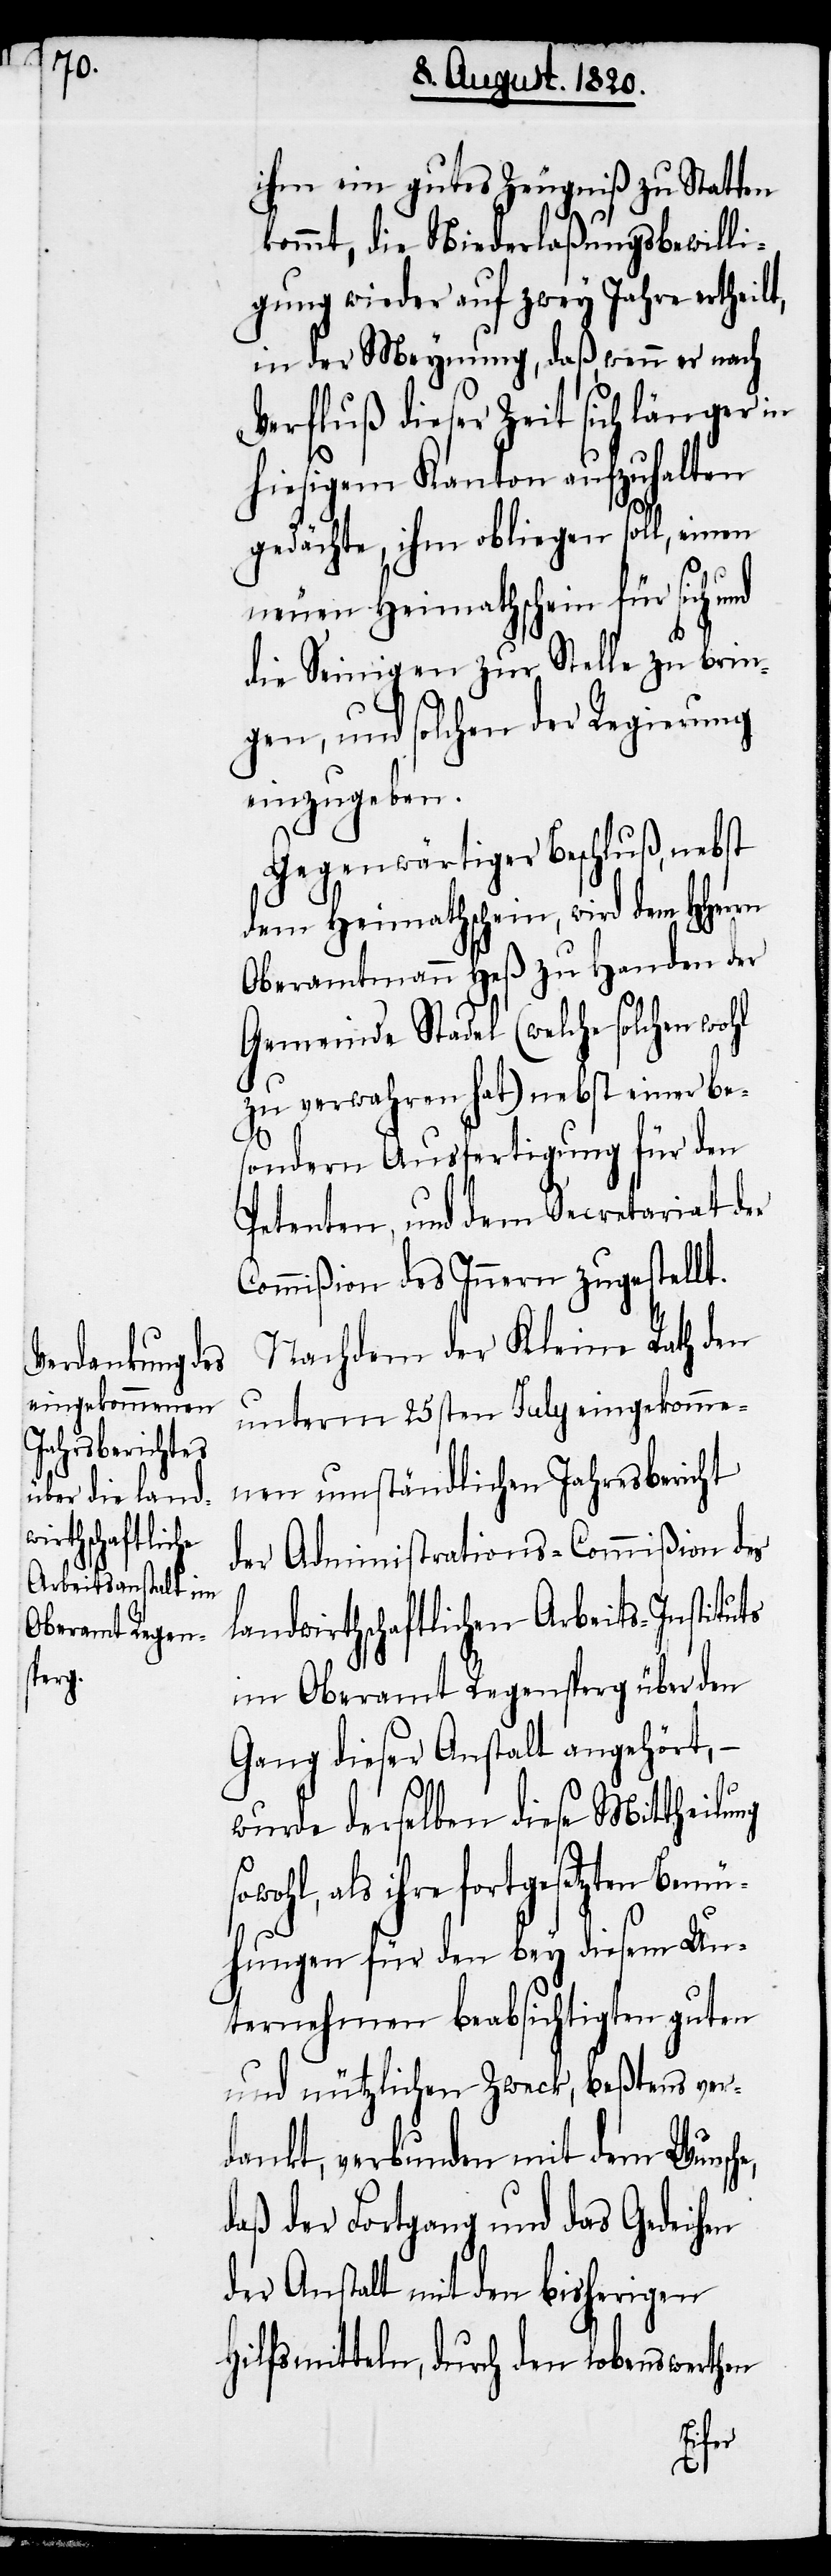
ihm ein gutes Zeugniß zu statten
kommt, die Niederlaßungsbewilli¬
gung wieder auf zwey Jahre ertheilt,
in der Meynung, daß, wenn er nach
erfluss dieser Zeit sich länger in
hiesigem Kanton aufzuhalten
gedächte, ihm obliegen soll, einen
e,
neuen Heimathschein für sich und
die Seinigen zur Stelle zu brin¬
gen, und solchen der Regierung
einzugeben.
Gegenwärtiger Beschluß, nebst
dem Heimathschein, wird dem HHerrn
Oberamtmann Heß zu Handen der
Gemeinde Stadel (welche solchen wohl
zu verwahren hat) nebst einer be¬
sondern Ausfertigung für den
Petenten, und dem Secretariat der
Commißion des Innern zugestellt.
Nachdem der Kleine Rath den
unterm 25sten July eingekomme¬
nen umständlichen Jahresbericht
der Administrations-Commißion des
landwirthschaftlichen Arbeits-Instituts
im Oberamt Regensperg über den
Gang dieser Anstalt angehört, –
wurde derselben diese Mittheilung
als ihre fortgesetzten Bemü¬
hungen für den bey diesem Un¬
ternehmen beabsichtigten guten
und nützlichen Zweck, beßtens ver¬
dankt, verbunden mit dem Wunsch¬
daß der Fortgang und das Gedeihen
der Anstalt mit den bisherigen
Hilfsmitteln, durch den lobenswerthen